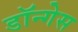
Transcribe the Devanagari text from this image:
डॉन्गेस